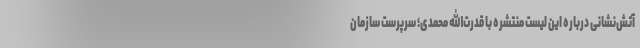
آتش‌نشانی درباره این لیست منتشره با قدرت‌الله محمدی؛ سرپرست سازمان